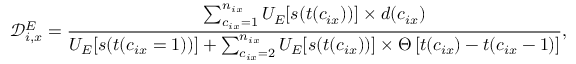
\mathcal { D } _ { i , x } ^ { E } = \frac { \sum _ { c _ { i x } = 1 } ^ { n _ { i x } } U _ { E } [ s ( t ( c _ { i x } ) ) ] \times d ( c _ { i x } ) } { U _ { E } [ s ( t ( c _ { i x } = 1 ) ) ] + \sum _ { c _ { i x } = 2 } ^ { n _ { i x } } U _ { E } [ s ( t ( c _ { i x } ) ) ] \times \Theta \left[ t ( c _ { i x } ) - t ( c _ { i x } - 1 ) \right] } ,